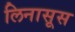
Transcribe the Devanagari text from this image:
लिनासूस